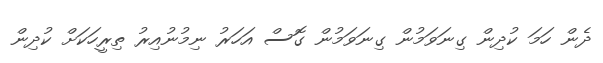
ދެން ހަމަ ކުދިން ގިނަވަމުން ގިނަވަމުން ގޮސް އަހަރު ނިމުނުއިރު ތިރީހަކަށް ކުދިން